Supplement to the account of plague administration in the Bombay Presidency from September 1896 till May 1897
Year: 1896
Disease focus: Plague
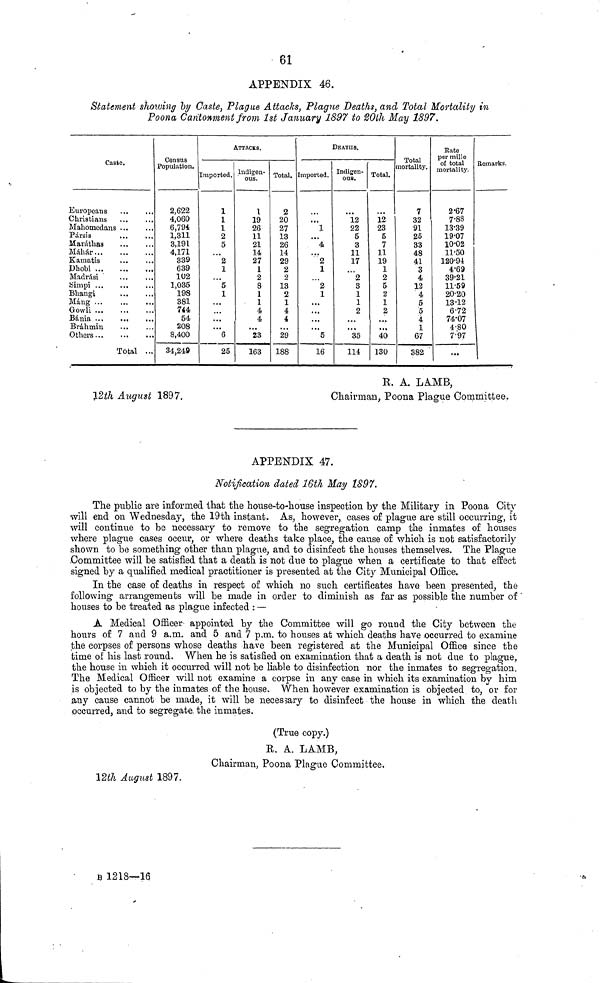
61
APPENDIX 46.
Statement showing by Caste, Plague Attacks, Plague Deaths, and Total Mortality in
Poona Cantonment from 1st January 1897 to 20th May 1897.
APPENDIX 47.
Notification dated 16th May 1897.
The public are informed that the house-to-house inspection by the Military in Poona City
will end on Wednesday, the 19th instant. As, however, cases of plague are still occurring, it
will continue to be necessary to remove to the segregation camp the inmates of houses
where plague cases occur, or where deaths take place, the cause of which is not satisfactorily
shown to be something other than plague, and to disinfect the houses themselves. The Plague
Committee will be satisfied that a death is not due to plague when a certificate to that effect
signed by a qualified medical practitioner is presented at the City Municipal Office.
In the case of deaths in respect of which no such certificates have been presented, the
following arrangements will be made in order to diminish as far as possible the number of
houses to be treated as plague infected : —
A Medical Officer appointed by the Committee will go round the City between the
hours of 7 and 9 a.m. and 5 and 7 p.m. to houses at which deaths have occurred to examine
the corpses of persons whose deaths have been registered at the Municipal Office since the
time of his last round. When he is satisfied on examination that a death is not due to plague,
the house in which it occurred will not be liable to disinfection nor the inmates to segregation.
The Medical Officer will not examine a corpse in any case in which its examination by him
is objected to by the inmates of the house. When however examination is objected to, or for
any cause cannot be made, it will be necessary to disinfect the house in which the death
occurred, and to segregate the inmates.
(True copy.)
R. A. LAMB,
Chairman, Poona Plague Committee.
12th August 1897.
n 1218—16
Caste.
Europeans
Christians
Mahomedans
Pársis
Maráthas
Máhár...
Kainatis
Dhobi ...
Madrási
Simpi ...
Bhangi
Máng ...
Gowli ...
Bánia ...
Bráhmin
Others...
...
...
...
...
...
...
...
...
...
...
...
...
...
...
...
...
Total
...
...
...
...
...
...
...
...
...
...
...
...
...
...
...
...
Census
Population.
2,622
4,060
6,794
1,311
8,191
4,171
839
639
102
1,035
198
881
744
54
208
8,400
34,249
12th August 1897.
Imported.
1
1
1
2
5
...
2
1
...
5
1
...
...
...
...
6
25
ATTACKS.
Indigen-
ous.
1
19
26
11
21
14
27
1
2
8
1
1
4
4
28
163
Total.
2
20
27
18
26
14
29
2
2
13
2
1
4
4
...
29
188
Imported.
...
1
...
4
...
2
1
...
2
1
...
...
...
...
5
16
DEATHS.
Indigen-
ous.
12
22
5
8
11
17
2
3
1
1
2
...
85
114
Total.
12
28
5
7
11
19
1
2
5
2
1
2
...
...
40
130
Total
mortality.
7
32
91
25
33
48
41
3
4
12
4
5
5
4
1
67
382
Rate
per mille
of total
mortality.
2.67
7.88
13.39
19.07
10.02
11.50
120.94
4.69
39.21
11.59
20.20
13.12
6.72
74.07
4.80
7.97
...
Remarks.
R. A. LAMB,
Chairman, Poona Plague Committee.